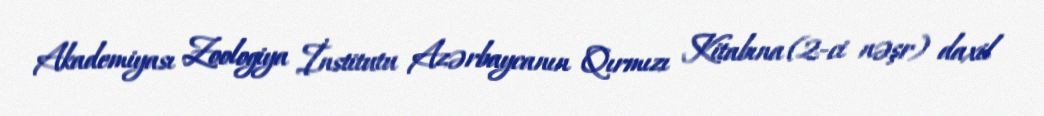
Akademiyası Zoologiya İnstitutu Azərbaycanın Qırmızı Kitabına (2-ci nəşr) daxil